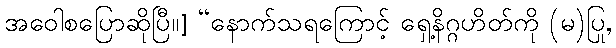
အဝေါစပြောဆိုပြီ။] “နောက်သရကြောင့် ရှေ့နိဂ္ဂဟိတ်ကို (မ)ပြု,